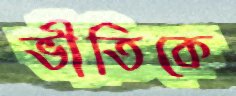
ভীতিকে